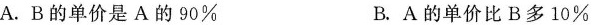
A.B的单价是A的90\% B.A的单价比B多10\%